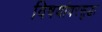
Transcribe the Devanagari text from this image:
विषयांवरसुद्धा